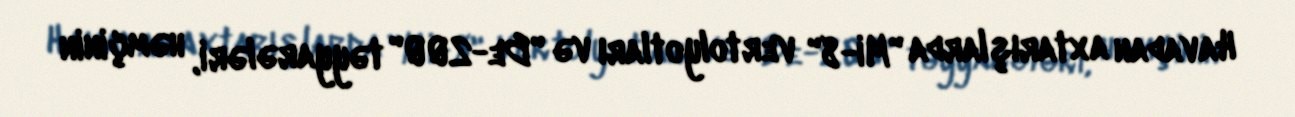
Havadan axtarışlarda "Mi-8" vertolyotları və "Be-200" təyyarələri, həmçinin